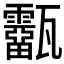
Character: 𤮷